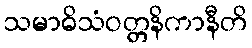
သမာဓိသံဝတ္တနိကာနီတိ